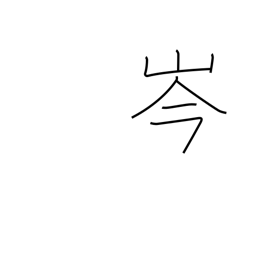
Meaning: mountaintop